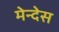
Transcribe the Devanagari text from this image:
मेन्देस